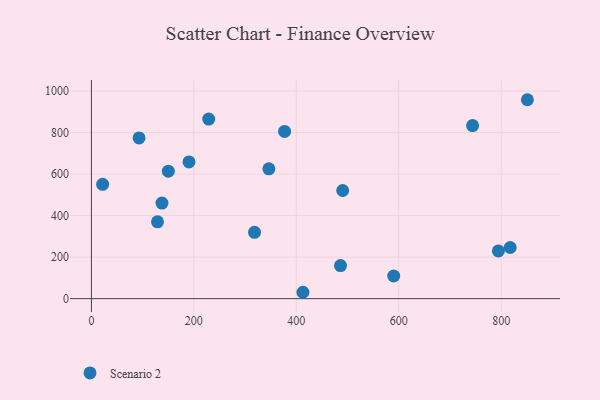
{"axis": {"x": "Engine Size", "y": "Rating"}, "legend": ["Scenario 2"], "data": [{"x": "817.5", "y": 246.5, "type": "Scenario 2"}, {"x": "93.0", "y": 774.5, "type": "Scenario 2"}, {"x": "318.4", "y": 319.4, "type": "Scenario 2"}, {"x": "744.1", "y": 833.9, "type": "Scenario 2"}, {"x": "129.0", "y": 370.2, "type": "Scenario 2"}, {"x": "794.4", "y": 229.8, "type": "Scenario 2"}, {"x": "190.5", "y": 658.5, "type": "Scenario 2"}, {"x": "377.1", "y": 805.8, "type": "Scenario 2"}, {"x": "229.0", "y": 865.0, "type": "Scenario 2"}, {"x": "137.7", "y": 460.4, "type": "Scenario 2"}, {"x": "486.2", "y": 159.5, "type": "Scenario 2"}, {"x": "346.4", "y": 625.5, "type": "Scenario 2"}, {"x": "150.2", "y": 614.1, "type": "Scenario 2"}, {"x": "21.9", "y": 550.8, "type": "Scenario 2"}, {"x": "851.0", "y": 958.3, "type": "Scenario 2"}, {"x": "490.5", "y": 521.0, "type": "Scenario 2"}, {"x": "412.9", "y": 30.7, "type": "Scenario 2"}, {"x": "590.1", "y": 109.0, "type": "Scenario 2"}]}